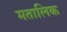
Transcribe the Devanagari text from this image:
मतालिक